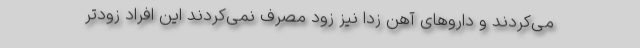
می‌کردند و داروهای آهن زدا نیز زود مصرف نمی‌کردند این افراد زودتر